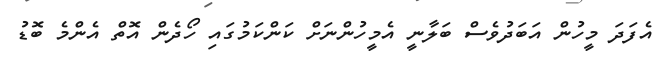
އެފަދަ މީހުން އަބަދުވެސް ބަލާނީ އެމީހުންނަށް ކަންކަމުގައި ހޯދެން އޮތް އެންމެ ބޮޑު